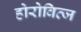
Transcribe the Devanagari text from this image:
होरोवित्ज